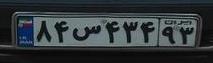
۸۴س۴۳۴۹۳